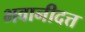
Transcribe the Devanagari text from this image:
भवानीदत्त